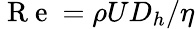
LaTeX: \mathrm{~R~e~}=\rho UD_{h}/\eta